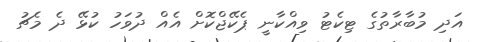
އަދި މުބާރާތުގެ ޓިކެޓު ވިއްކާނީ ޕެކޭޖްކޮށް އެއް ދުވަހު ކުޅޭ ދެ މެޗު